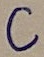
Text: C